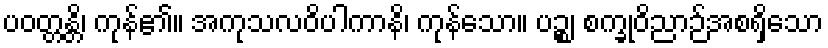
ပဝတ္တန္တိ၊ ကုန်၏။ အကုသလဝိပါကာနိ၊ ကုန်သော။ ပဉ္စ၊ စက္ခုဝိညာဉ်အစရှိသော